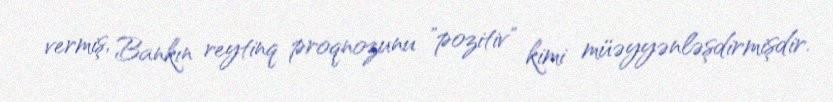
vermiş, Bankın reytinq proqnozunu "pozitiv" kimi müəyyənləşdirmişdir.